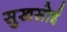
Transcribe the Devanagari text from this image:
सुखसोई